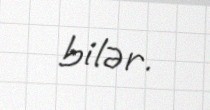
bilər.